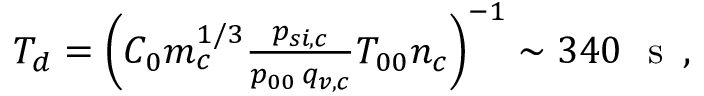
\begin{array} { r } { T _ { d } = \left( C _ { 0 } m _ { c } ^ { 1 / 3 } \frac { p _ { s i , c } } { p _ { 0 0 } \, q _ { v , c } } T _ { 0 0 } n _ { c } \right) ^ { - 1 } \sim \leavevmode { 3 4 0 } \ \mathrm { ~ s ~ } \, , } \end{array}